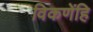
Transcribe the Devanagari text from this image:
विकणेंहि